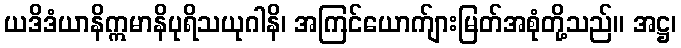
ယဒိဒံယာနိဣမာနိပုရိသယုဂါနိ၊ အကြင်ယောက်ျားမြတ်အစုံတို့သည်။ အဋ္ဌ၊